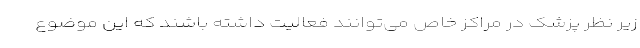
زیر نظر پزشک در مراکز خاص می‌توانند فعالیت داشته باشند که این موضوع